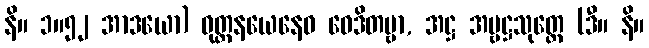
နိ။ ၁။၅၂ အာဒယော) ဝုတ္တနယေနေဝ ဝေဒိတဗ္ဗာ, အဋ္ဌ အမ္ဗဋ္ဌသုတ္တေ (ဒီ။ နိ။